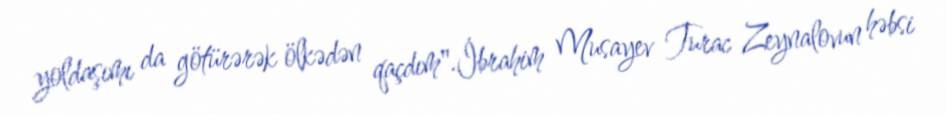
yoldaşımı da götürərək ölkədən qaçdım".İbrahim Musayev Turac Zeynalovun həbsi